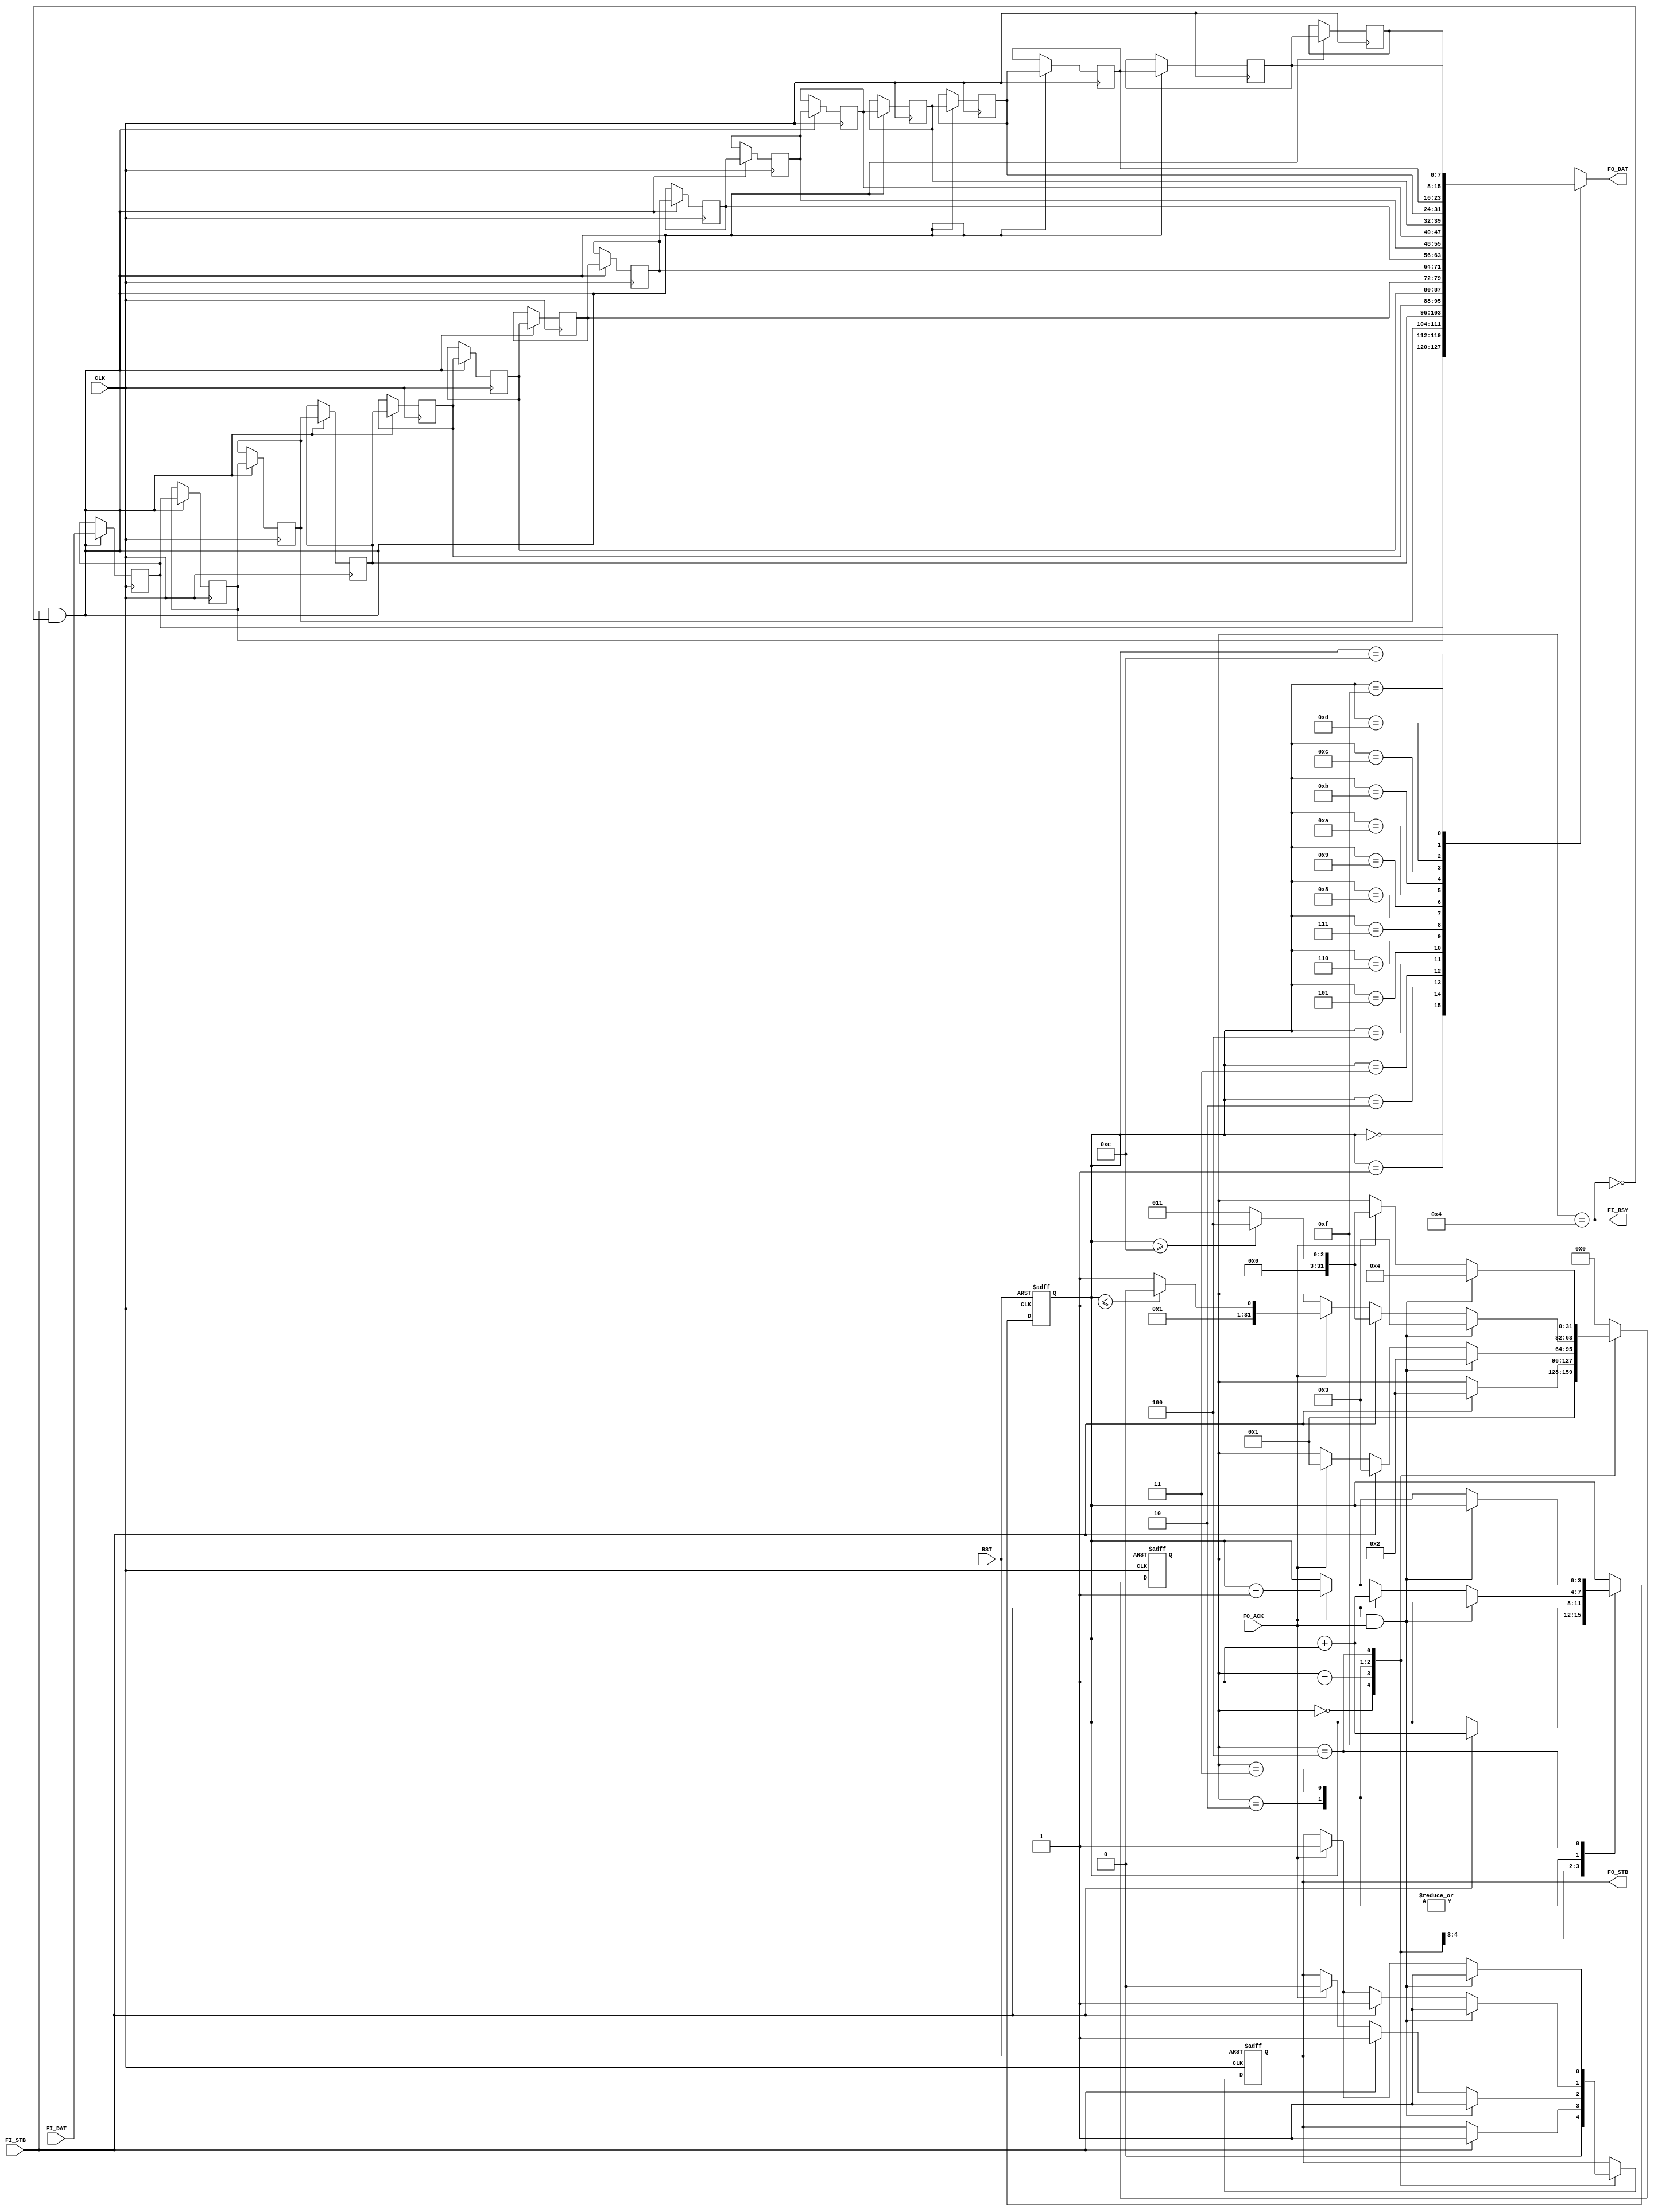
module fifo	
#(								  	
parameter WIDTH = 8
)
(                               
input  wire        CLK,         
input  wire        RST,         							
input  wire              FI_STB,      
input  wire  [WIDTH-1:0] FI_DAT,      
output wire              FI_BSY,                           
output wire              FO_STB,      
input  wire              FO_ACK,      
output wire  [WIDTH-1:0] FO_DAT    
);                              
//---------------------------------------
reg   [WIDTH-1:0] ff_dat [0:15];
reg   [3:0] ff_sel;
wire		ff_in_busy;
reg         ff_out_stb;
//---------------------------------------
integer     ff_state;
//---------------------------------------
assign FI_BSY     = ff_in_busy;
//--------------------------------------
assign FO_STB     = ff_out_stb;

//--------------------------------------
assign ff_in_busy = (ff_state==4);
//--------------------------------------
always @(posedge CLK or posedge RST)
 if(RST) 
    begin
		ff_state     <= 0;
		ff_sel       <= 4'hF;
		ff_out_stb   <= 1'b0;
	end	
 else casex(ff_state)
//..............................
// clear state
//..............................
0:  begin
	 ff_sel      <=                  4'hF;
	 ff_out_stb  <=                  1'b0;
	 ff_state    <=                     1;
    end
//..............................
// empty
//..............................
1: if(FI_STB) 		  
	begin
	 ff_sel      <=         ff_sel + 1'b1;
	 ff_out_stb  <=                  1'b1;
	 ff_state    <=                     2;
    end
//..............................
// not empty but only one symbol in the buffer
//..............................
2: if(FI_STB && FO_ACK) 		  
	begin
	 ff_sel      <=                ff_sel;
	 ff_out_stb  <=                  1'b1;
	 ff_state    <=                     2;
    end
   else if(FI_STB)	
	begin
	 ff_sel      <=         ff_sel + 1'b1;
	 ff_out_stb  <=                  1'b1;
	 ff_state    <=                     3;
    end
   else if(FO_ACK)	
	begin
	 ff_sel      <=         ff_sel - 1'b1;
	 ff_out_stb  <=                  1'b0;
	 ff_state    <=                     1;
    end
//..............................
// not empty
//..............................
3: if(FI_STB && FO_ACK) 		  
	begin
	 ff_sel      <=                ff_sel;
	 ff_out_stb  <=                  1'b1;
	 ff_state    <=                     3;
    end
   else if(FI_STB)	
	begin
	 ff_sel      <=         ff_sel + 1'b1;
	 ff_out_stb  <=                  1'b1;
	 ff_state    <= (ff_sel>=14)? 4:3;
    end
   else if(FO_ACK)	
	begin
	 ff_sel      <=         ff_sel - 1'b1;
	 ff_out_stb  <=                  1'b1;
	 ff_state    <= (ff_sel<=1)?      2:3;
    end
//..............................
// full
//..............................
4: if(FI_STB && FO_ACK) 		  
	begin
	 ff_sel      <=                ff_sel;
	 ff_out_stb  <=                  1'b1;
	 ff_state    <=                     4;
    end
   else if(FO_ACK)	
	begin
	 ff_sel      <=         ff_sel - 1'b1;
	 ff_out_stb  <=                  1'b1;
	 ff_state    <= (ff_sel>=14)? 4:3;
    end
//..............................
default: ff_state <= 0;
//..............................
endcase
//----------------------------------------------------------------------------------------
always @(posedge CLK)
 if(FI_STB & ~ff_in_busy) begin 
	                   ff_dat[4'h0] <= FI_DAT;
	                   ff_dat[4'h1] <= ff_dat[4'h0];
	                   ff_dat[4'h2] <= ff_dat[4'h1];
	                   ff_dat[4'h3] <= ff_dat[4'h2];
	                   ff_dat[4'h4] <= ff_dat[4'h3];
	                   ff_dat[4'h5] <= ff_dat[4'h4];
	                   ff_dat[4'h6] <= ff_dat[4'h5];
	                   ff_dat[4'h7] <= ff_dat[4'h6];
	                   ff_dat[4'h8] <= ff_dat[4'h7];
	                   ff_dat[4'h9] <= ff_dat[4'h8];
	                   ff_dat[4'hA] <= ff_dat[4'h9];
	                   ff_dat[4'hB] <= ff_dat[4'hA];
	                   ff_dat[4'hC] <= ff_dat[4'hB];
	                   ff_dat[4'hD] <= ff_dat[4'hC];
	                   ff_dat[4'hE] <= ff_dat[4'hD];
	                   ff_dat[4'hF] <= ff_dat[4'hE];
                      end					   
		   
//----------------------------------------------------------------------------------------
assign                FO_DAT = ff_dat[ff_sel];
//----------------------------------------------------------------------------------------
endmodule